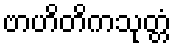
ဗာဟိတိကသုတ္တံ